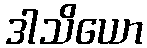
ဒါသိယော